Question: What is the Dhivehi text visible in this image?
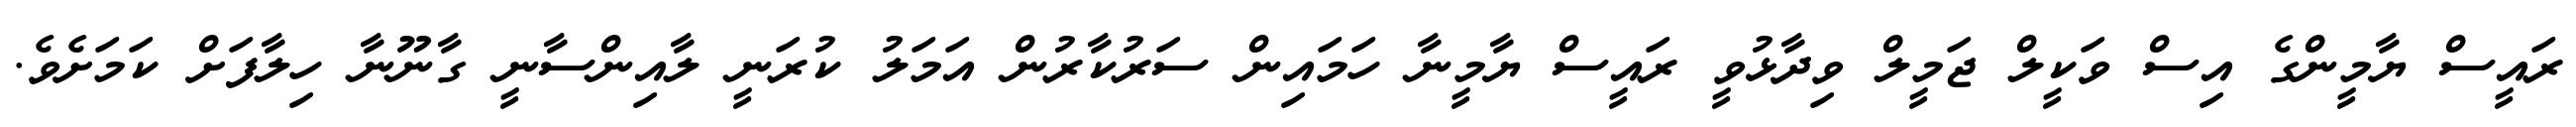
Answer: ރައީސް ޔާމީންގެ އިސް ވަކީލް ޖަމީލް ވިދާޅުވީ ރައީސް ޔާމީނާ ހަމައިން ސަރުކާރުން އަމަލު ކުރަނީ ލާއިންސާނީ ގާނޫނާ ހިލާފަށް ކަމަށެވެ.